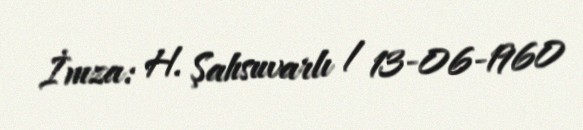
İmza: H. Şahsuvarlı / 13-06-1960